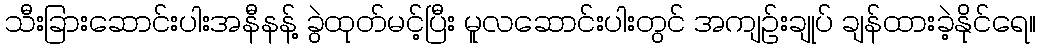
သီးခြားဆောင်းပါးအနီနန့် ခွဲထုတ်မင့်ပြီး မူလဆောင်းပါးတွင် အကျဉ်းချုပ် ချန်ထားခဲ့နိုင်ရေ။